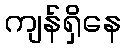
ကျန်ရှိနေ